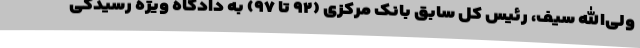
ولی‌الله سیف، رئیس کل سابق بانک مرکزی (۹۲ تا ۹۷) به دادگاه ویژه رسیدگی